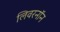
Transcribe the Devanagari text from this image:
लिवरनॉन